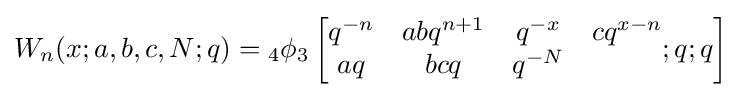
W_{n}(x;a,b,c,N;q)={}_{4}\phi _{3}\left[{\begin{matrix}q^{-n}&abq^{n+1}&q^{-x}&cq^{x-n}\\aq&bcq&q^{-N}\\\end{matrix}};q;q\right]